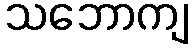
သဘောကျ